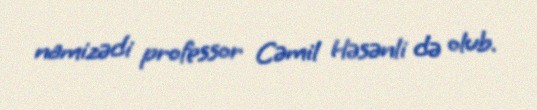
namizədi professor Cəmil Həsənli də olub.